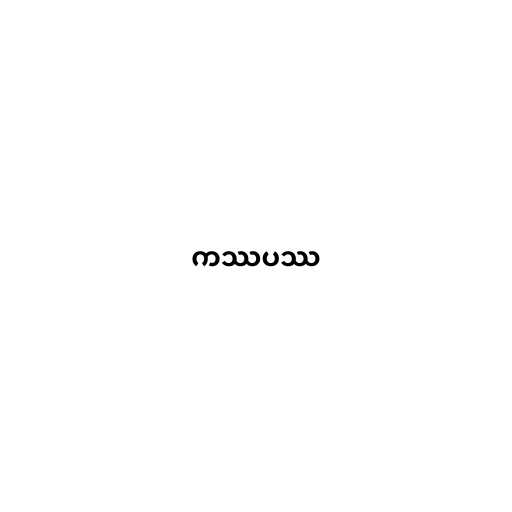
ကဿပဿ